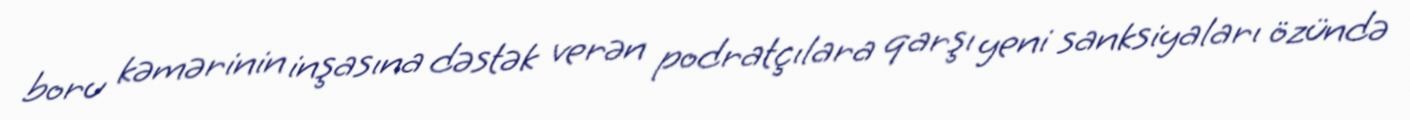
boru kəmərinin inşasına dəstək verən podratçılara qarşı yeni sanksiyaları özündə